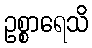
ဥစ္စာရေသိ